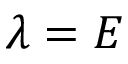
\lambda = E